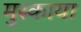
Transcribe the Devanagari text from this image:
मुस्काया